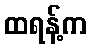
ထရန့်က